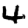
Digit: 4